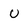
Character: U